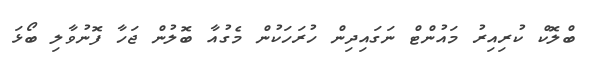
ބްލޮކް ކުރިއިރު މައުންޓް ނަގައިދިން ހުރަހަކުން މެގުއާ ބޮލުން ޖަހާ ފޮނުވާލި ބޯޅަ